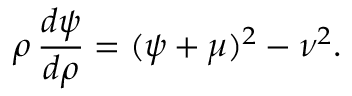
\rho \, \frac { d \psi } { d \rho } = ( \psi + \mu ) ^ { 2 } - \nu ^ { 2 } .